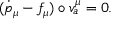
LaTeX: ( \dot { p } _ { \mu } - f _ { \mu } ) \circ v _ { a } ^ { \mu } = 0 .